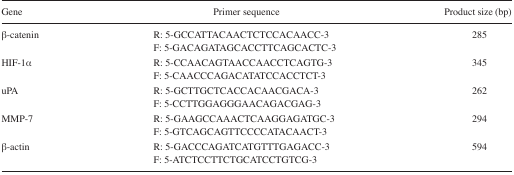
<table><thead><tr><td><b>Gene</b></td><td><b>Primer sequence</b></td><td><b>Product size (bp)</b></td></tr></thead><tbody><tr><td>β-catenin</td><td>R: 5-GCCATTACAACTCTCCACAACC-3F: 5-GACAGATAGCACCTTCAGCACTC-3</td><td>285</td></tr><tr><td>HIF-1α</td><td>R: 5-CCAACAGTAACCAACCTCAGTG-3F: 5-CAACCCAGACATATCCACCTCT-3</td><td>345</td></tr><tr><td>uPA</td><td>R: 5-GCTTGCTCACCACAACGACA-3F: 5-CCTTGGAGGGAACAGACGAG-3</td><td>262</td></tr><tr><td>MMP-7</td><td>R: 5-GAAGCCAAACTCAAGGAGATGC-3F: 5-GTCAGCAGTTCCCCATACAACT-3</td><td>294</td></tr><tr><td>β-actin</td><td>R: 5-GACCCAGATCATGTTTGAGACC-3F: 5-ATCTCCTTCTGCATCCTGTCG-3</td><td>594</td></tr></tbody></table>